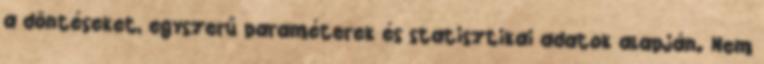
a döntéseket, egyszerű paraméterek és statisztikai adatok alapján. Nem